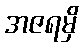
အဇရမှိ